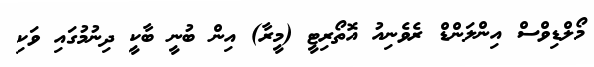
މޯލްޑިވްސް އިންލަންޑް ރެވެނިއު އޮތޯރިޓީ (މީރާ) އިން ބުނީ ބާކީ ދިނުމުގައި ވަކި